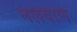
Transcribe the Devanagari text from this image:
नलबाण